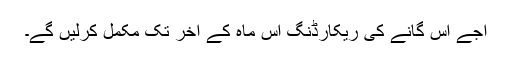
اجے اس گانے کی ریکارڈنگ اس ماہ کے آخر تک مکمل کرلیں گے۔